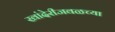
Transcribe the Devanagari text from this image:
खांदेरीजवळच्या